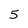
Character: 5